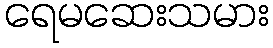
ရေမဆေးသမား